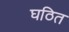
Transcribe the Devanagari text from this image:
घठित